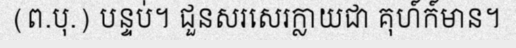
(ព.បុ.) បន្ទប់។ ជួនសរសេរក្លាយជា គុហ៍ក៍មាន។